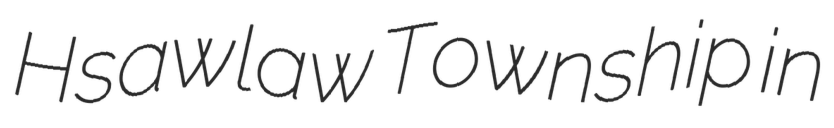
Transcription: Hsawlaw Township in